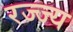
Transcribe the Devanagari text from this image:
रज्ज्य